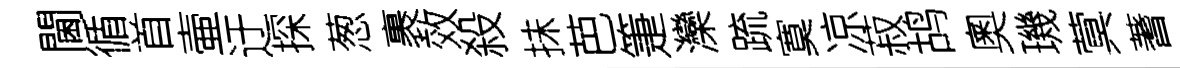
閫循首壷迂探葱裹效殺抺芭箑灤䟽寞凉菽鸪奧璣蓂蓍